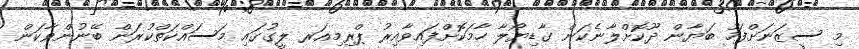
މި ސީޒަނަށްފަހު ބަޔާން ދޫކޮށްލާނެކަން ގާޑިޔޯލާ ހާމަކޮށްފައިވާއިރު ޕްރިމިއަރ ލީގުގައި މަސައްކަތްކުރަން ބޭނުންވާކަން